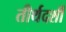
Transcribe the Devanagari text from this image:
तीर्थदर्शी